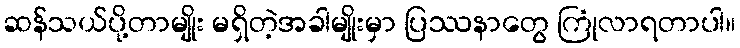
ဆန်သယ်ပို့တာမျိုး မရှိတဲ့အခါမျိုးမှာ ပြဿနာတွေ ကြုံလာရတာပါ။